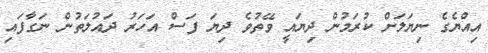
އިއްޔެގެ ނިޔަލަށް ކުރަމުން ދިޔައީ ވޭތުވެ ދިޔަ ފަސް އަހަރު ދައުލަތުން ނަގާފައި